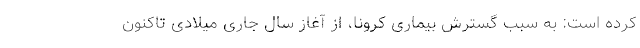
کرده است: به سبب گسترش بیماری کرونا، از آغاز سال جاری میلادی تاکنون